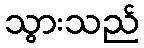
သွားသည်